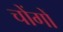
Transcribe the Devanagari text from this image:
चोंगों